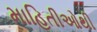
માહિતીઓથી